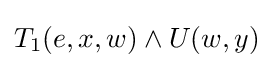
T_{1}(e,x,w)\land U(w,y)